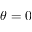
\theta = 0